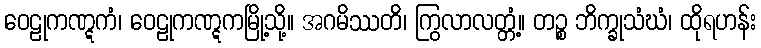
ဝေဠုကဏ္ဋကံ၊ ဝေဠုကဏ္ဋကမြို့သို့။ အဂမိဿတိ၊ ကြွလာလတ္တံ့။ တဉ္စ ဘိက္ခုသံဃံ၊ ထိုရဟန်း